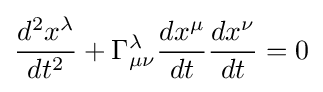
{\frac {d^{2}x^{\lambda }}{dt^{2}}}+\Gamma _{\mu \nu }^{\lambda }{\frac {dx^{\mu }}{dt}}{\frac {dx^{\nu }}{dt}}=0